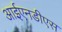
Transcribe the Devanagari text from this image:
आईएनडीएस